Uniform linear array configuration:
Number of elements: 48
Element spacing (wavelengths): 0.25
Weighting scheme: uniform
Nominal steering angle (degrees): -45
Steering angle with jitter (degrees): -46.348
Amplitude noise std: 0.05
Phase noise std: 0.05

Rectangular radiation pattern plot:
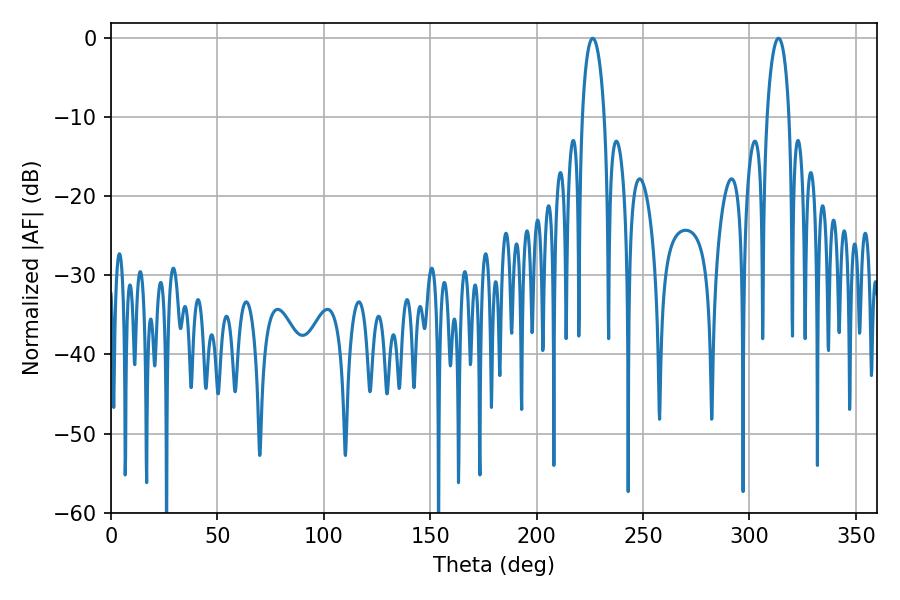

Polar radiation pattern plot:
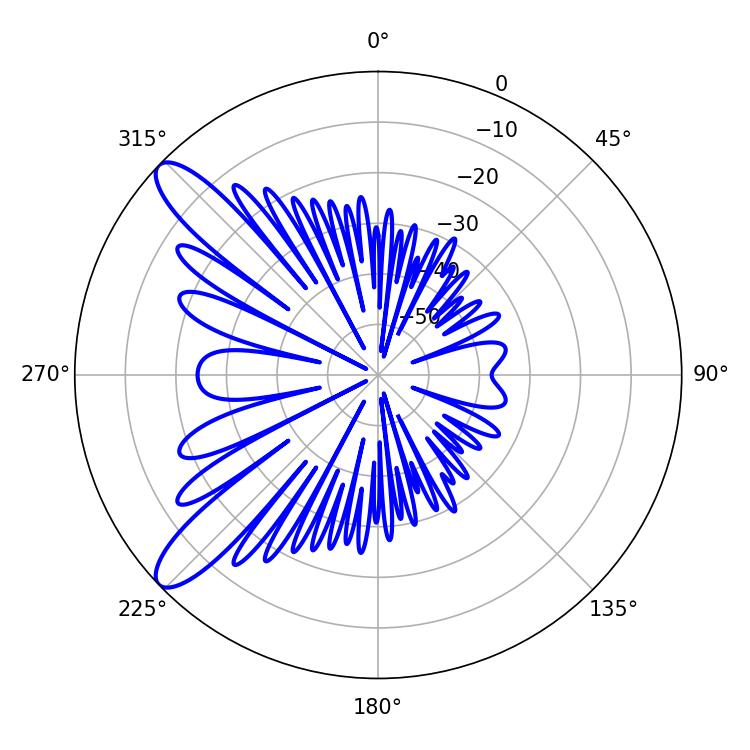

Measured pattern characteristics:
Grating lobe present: FALSE
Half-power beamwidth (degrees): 6.12
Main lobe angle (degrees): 226.44